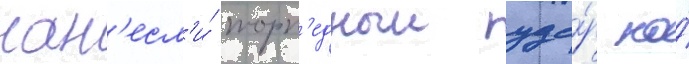
нан'есл'и́ торп'едныи уда́р по́